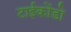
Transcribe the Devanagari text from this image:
टाईकोंडो